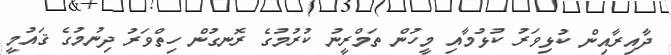
ދާއިރާއިން ކުޅިވަރު ކުޅުމާއި މީހުން ތަމްރީނު ކުރުމުގެ ރޮނގުން ހިތްވަރު ދިނުމުގެ ޤައުމީ